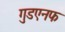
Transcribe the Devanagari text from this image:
गुडएनफ